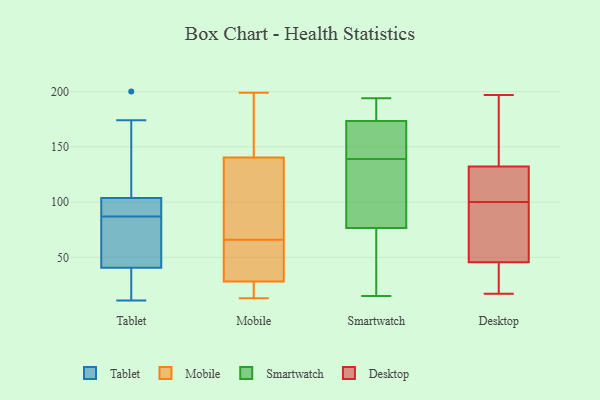
{"axis": {"x": "Operating Costs (USD K)", "y": "Value"}, "legend": ["Desktop", "Mobile", "Smartwatch", "Tablet"], "data": [{"x": "", "y": 69, "type": "Tablet"}, {"x": "", "y": 59, "type": "Tablet"}, {"x": "", "y": 174, "type": "Tablet"}, {"x": "", "y": 51, "type": "Tablet"}, {"x": "", "y": 200, "type": "Tablet"}, {"x": "", "y": 87, "type": "Tablet"}, {"x": "", "y": 114, "type": "Tablet"}, {"x": "", "y": 103, "type": "Tablet"}, {"x": "", "y": 91, "type": "Tablet"}, {"x": "", "y": 30, "type": "Tablet"}, {"x": "", "y": 59, "type": "Tablet"}, {"x": "", "y": 141, "type": "Tablet"}, {"x": "", "y": 37, "type": "Tablet"}, {"x": "", "y": 18, "type": "Tablet"}, {"x": "", "y": 104, "type": "Tablet"}, {"x": "", "y": 11, "type": "Tablet"}, {"x": "", "y": 94, "type": "Tablet"}, {"x": "", "y": 94, "type": "Tablet"}, {"x": "", "y": 12, "type": "Tablet"}, {"x": "", "y": 199, "type": "Mobile"}, {"x": "", "y": 54, "type": "Mobile"}, {"x": "", "y": 26, "type": "Mobile"}, {"x": "", "y": 13, "type": "Mobile"}, {"x": "", "y": 69, "type": "Mobile"}, {"x": "", "y": 111, "type": "Mobile"}, {"x": "", "y": 150, "type": "Mobile"}, {"x": "", "y": 31, "type": "Mobile"}, {"x": "", "y": 66, "type": "Mobile"}, {"x": "", "y": 27, "type": "Mobile"}, {"x": "", "y": 183, "type": "Mobile"}, {"x": "", "y": 175, "type": "Smartwatch"}, {"x": "", "y": 20, "type": "Smartwatch"}, {"x": "", "y": 165, "type": "Smartwatch"}, {"x": "", "y": 159, "type": "Smartwatch"}, {"x": "", "y": 87, "type": "Smartwatch"}, {"x": "", "y": 15, "type": "Smartwatch"}, {"x": "", "y": 73, "type": "Smartwatch"}, {"x": "", "y": 194, "type": "Smartwatch"}, {"x": "", "y": 177, "type": "Smartwatch"}, {"x": "", "y": 62, "type": "Smartwatch"}, {"x": "", "y": 194, "type": "Smartwatch"}, {"x": "", "y": 95, "type": "Smartwatch"}, {"x": "", "y": 139, "type": "Smartwatch"}, {"x": "", "y": 169, "type": "Smartwatch"}, {"x": "", "y": 131, "type": "Smartwatch"}, {"x": "", "y": 81, "type": "Desktop"}, {"x": "", "y": 43, "type": "Desktop"}, {"x": "", "y": 115, "type": "Desktop"}, {"x": "", "y": 107, "type": "Desktop"}, {"x": "", "y": 100, "type": "Desktop"}, {"x": "", "y": 53, "type": "Desktop"}, {"x": "", "y": 17, "type": "Desktop"}, {"x": "", "y": 36, "type": "Desktop"}, {"x": "", "y": 138, "type": "Desktop"}, {"x": "", "y": 197, "type": "Desktop"}, {"x": "", "y": 187, "type": "Desktop"}]}